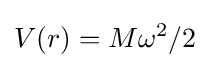
V(r)=M\omega ^{2}/2